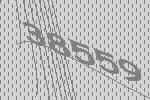
38559